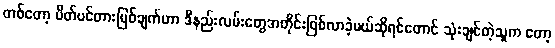
တစ်တော့ ပိတ်ပင်တားမြစ်ချက်ဟာ ဒီနည်းလမ်းတွေအတိုင်းဖြစ်လာခဲ့မယ်ဆိုရင်တောင် သုံးချင်တဲ့သူက တော့